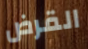
القرض